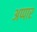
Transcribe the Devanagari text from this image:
अप्पार